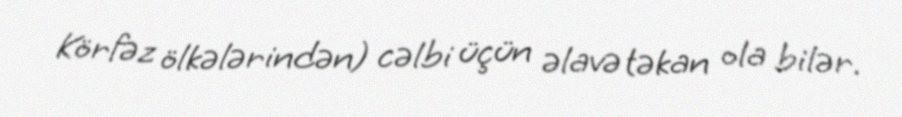
Körfəz ölkələrindən) cəlbi üçün əlavə təkan ola bilər.